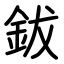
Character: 鈸